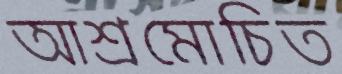
আশ্রমোচিত